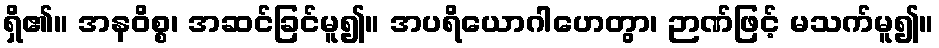
ရှိ၏။ အနဝိစ္စ၊ အဆင်ခြင်မူ၍။ အပရိယောဂါဟေတွာ၊ ဉာဏ်ဖြင့် မသက်မူ၍။